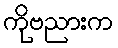
ကိုဗညားက